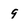
Character: 9